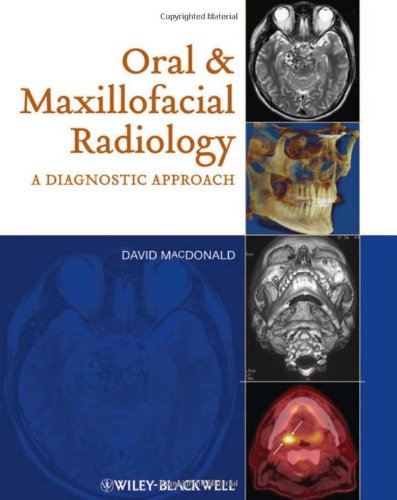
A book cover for Oral and Maxillofacial Radiology: A Diagnostic Approach; David MacDonald; Medical Books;